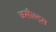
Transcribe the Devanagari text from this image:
असौल्ट्स